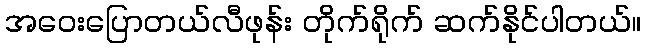
အဝေးပြောတယ်လီဖုန်း တိုက်ရိုက် ဆက်နိုင်ပါတယ်။